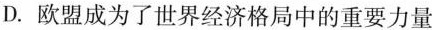
D.欧盟成为了世界经济格局中的重要力量